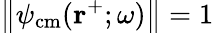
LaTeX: \left\| \psi_{\mathrm{cm}}(\mathbf{r}^{+};\omega)\right\| =1